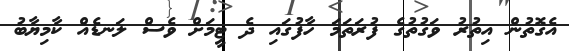
އެގޮތުން އިތުރު ވަގުތުގެ ފުރަތަމަ ހާފުގައި ދެ ޓީމަށް ވެސް ލަނޑެއް ކާމިޔާބު